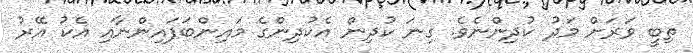
ތިބީ ވަރަށް މަދު ކުދިންނެވެ. ގިނަ ކުދިން އެކުދިންގެ މައިންބަފައިންނާއި އެކު އޭރު